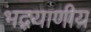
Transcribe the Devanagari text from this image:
भद्रयाणीय